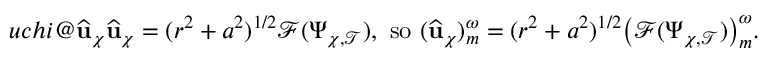
\index { u c h i @ \widehat { \mathbf { u } } _ { \chi } } \widehat { \mathbf { u } } _ { \chi } = ( r ^ { 2 } + a ^ { 2 } ) ^ { 1 / 2 } \mathcal { F } ( \Psi _ { \chi , \mathcal { T } } ) , \mathrm { ~ s o ~ } ( { \widehat { \mathbf { u } } _ { \chi } } ) _ { m } ^ { \omega } = ( r ^ { 2 } + a ^ { 2 } ) ^ { 1 / 2 } \big ( \mathcal { F } ( \Psi _ { \chi , \mathcal { T } } ) \big ) _ { m } ^ { \omega } .